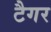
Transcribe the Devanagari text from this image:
टैगर